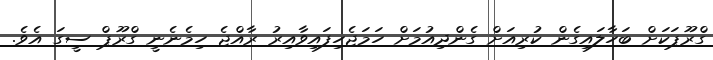
ގްރޫޕަކަށް ބަހާލައިގެން ކުރިއަށް ގެންދިއުމަށް ހަމަޖެހިފައިވާއިރު ރާއްޖެ ހިމެނެނީ ގްރޫޕް ސީގަ އެވެ.